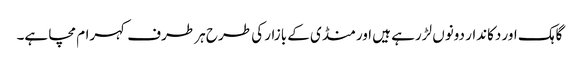
گاہک اور دکاندار دونوں لڑرہے ہیں اور منڈی کے بازار کی طرح ہر طرف کہرام مچا ہے۔